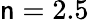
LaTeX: \mathsf{n}=2.5